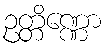
ဥတ္တိဏ္ဏော